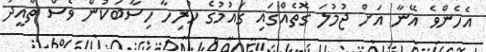
އެހެންވެ އޭނާ އަށް ޖުމުލަ ގޮތެއްގައި ގައުމުގެ ހުރިހާ ހިސާބަކުން ވެސް ތާއީދު